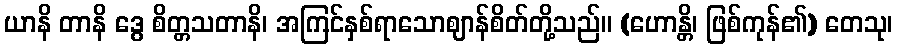
ယာနိ တာနိ ဒွေ စိတ္တသတာနိ၊ အကြင်နှစ်ရာသောဈာန်စိတ်တို့သည်။ (ဟောန္တိ၊ ဖြစ်ကုန်၏) တေသု၊